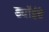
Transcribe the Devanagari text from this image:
ड्यॉईचे